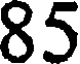
85